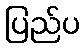
ပြည်ပ